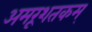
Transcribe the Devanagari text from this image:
अमरूशतकम्